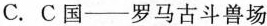
C. C国--罗马古斗兽场